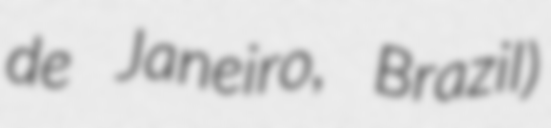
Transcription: de Janeiro, Brazil)